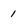
Character: 1